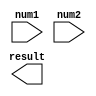
module fixed_point_multiplier (
  input [15:0] num1,   // input number 1
  input [15:0] num2,   // input number 2
  output reg [31:0] result   // output result
);

  reg [15:0] int1, int2;   // integer parts of input numbers
  reg [15:0] frac1, frac2;   // fractional parts of input numbers
  reg [31:0] int_product, frac_product, result_accum;   // intermediate and final products
  
  always @* begin
    int1 = num1[15:0];
    frac1 = num1[31:16];
    
    int2 = num2[15:0];
    frac2 = num2[31:16];
    
    int_product = int1 * int2;
    frac_product = int1 * frac2 + int2 * frac1;
    
    result_accum = (int_product << 16) + frac_product;
    
    result = result_accum;
  end
  
endmodule